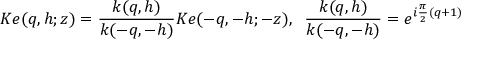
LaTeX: K e ( q , h ; z ) = \frac { k ( q , h ) } { k ( - q , - h ) } K e ( - q , - h ; - z ) , \; \; \frac { k ( q , h ) } { k ( - q , - h ) } = e ^ { i \frac { \pi } { 2 } ( q + 1 ) }